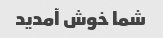
شما خوش آمدید